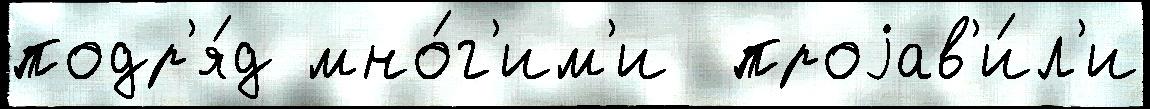
подр'я́д мно́г'им'и  проjав'и́л'и